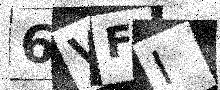
Text: 6VFI